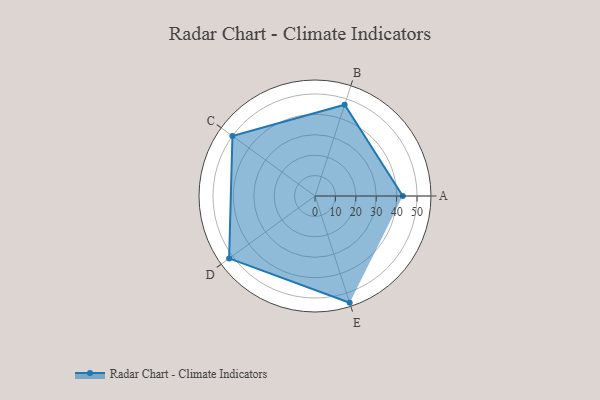
{"axis": {"x": "Skill", "y": "Score"}, "legend": ["Profile"], "data": [{"x": "A", "y": 43.0, "type": "Profile"}, {"x": "B", "y": 47.0, "type": "Profile"}, {"x": "C", "y": 50.0, "type": "Profile"}, {"x": "D", "y": 52.0, "type": "Profile"}, {"x": "E", "y": 55.0, "type": "Profile"}]}